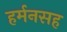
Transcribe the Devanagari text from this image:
हर्मनसह